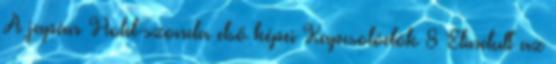
A japán Hold-szonda első képei Kapcsolódók 8 Elindult az